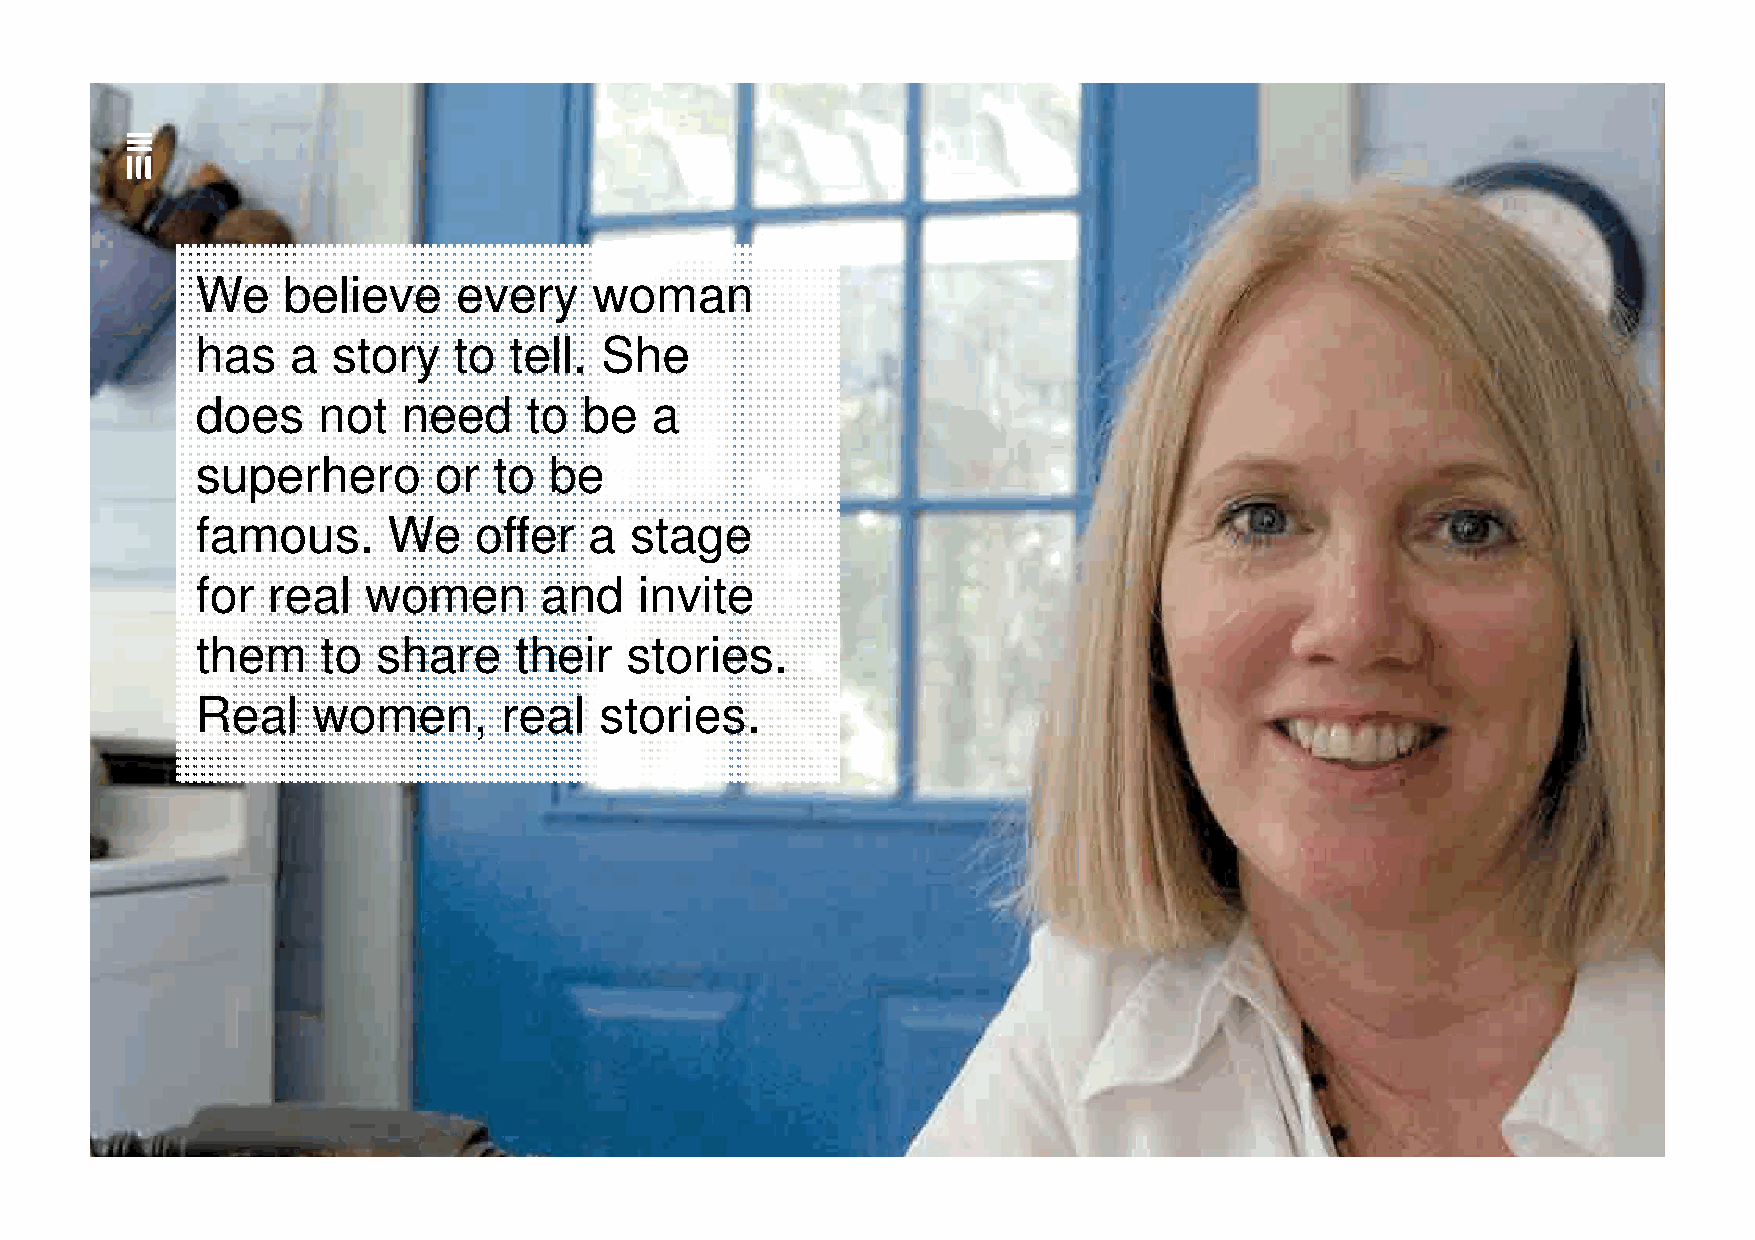
We    believe    every    woman
 has   a  story   to  tell. She
 does    not   need    to  be  a
 superhero       or  to be
 famous.      We   offer   a  stage
 ffoorr rreeaall wwoommeenn aanndd iinnvviittee
 them    to  share    their  stories.
 Real    women,      real   stories.